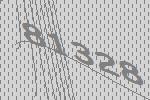
81328